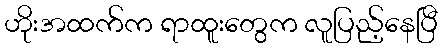
ဟိုးအထက်က ရာထူးတွေက လူပြည့်နေပြီ